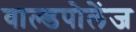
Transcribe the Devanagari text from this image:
वाल्डपोलेंज